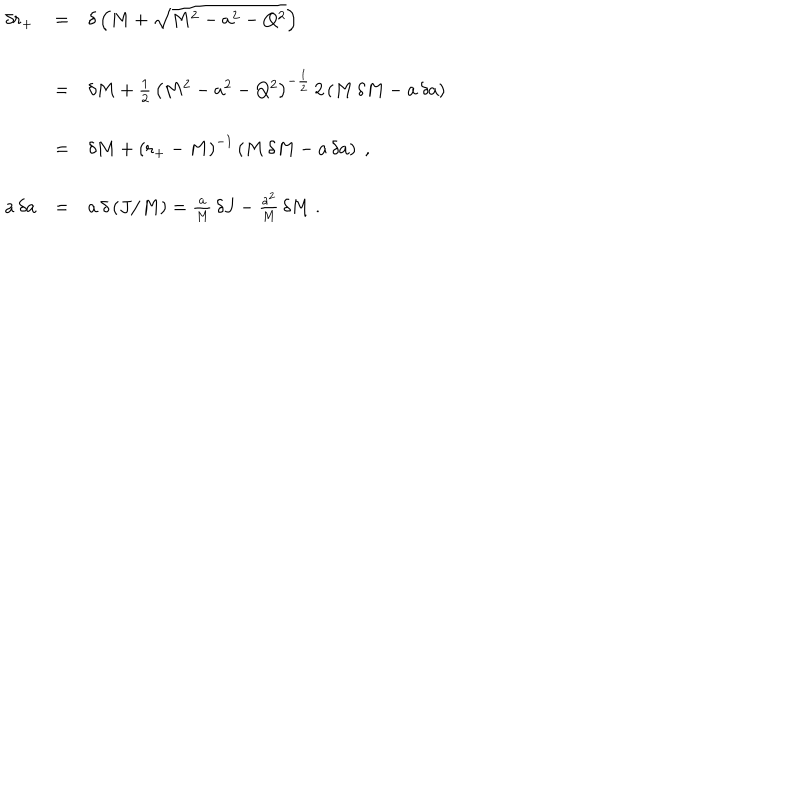
\begin{array} { l l l } { { \delta r _ { + } } } & { { = } } & { { \delta \left( M + \sqrt { M ^ { 2 } - a ^ { 2 } - Q ^ { 2 } } \right) } } \\ { { } } & { { = } } & { { \delta M + { \frac { 1 } { 2 } } \, { \left( M ^ { 2 } - a ^ { 2 } - Q ^ { 2 } \right) } ^ { - { \frac { 1 } { 2 } } } \, 2 \left( M \, \delta M - a \, \delta a \right) } } \\ { { } } & { { = } } & { { \delta M + { \left( r _ { + } - M \right) } ^ { - 1 } \left( M \, \delta M - a \, \delta a \right) \; , } } \\ { { a \, \delta a } } & { { = } } & { { a \, \delta \left( J / M \right) = { \frac { a } { M } } \, \delta J - { \frac { a ^ { 2 } } { M } } \, \delta M \; . } } \\ \end{array}